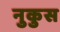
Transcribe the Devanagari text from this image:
नुकुस